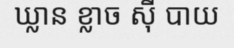
ឃ្លាន ខ្លាច ស៊ី បាយ